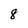
Character: 8